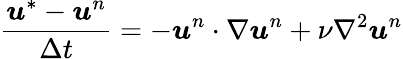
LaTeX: \frac{\boldsymbol{u}^{*}-\boldsymbol{u}^{n}}{\Delta t}=-\boldsymbol{u}^{n}\cdot\nabla\boldsymbol{u}^{n}+\nu\nabla^{2}\boldsymbol{u}^{n}